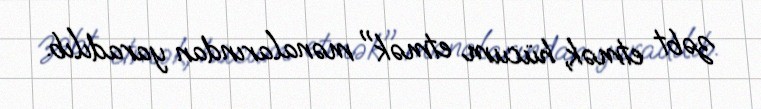
zəbt etmək, hücum etmək" mənalarından yaradılıb.